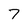
Character: 7